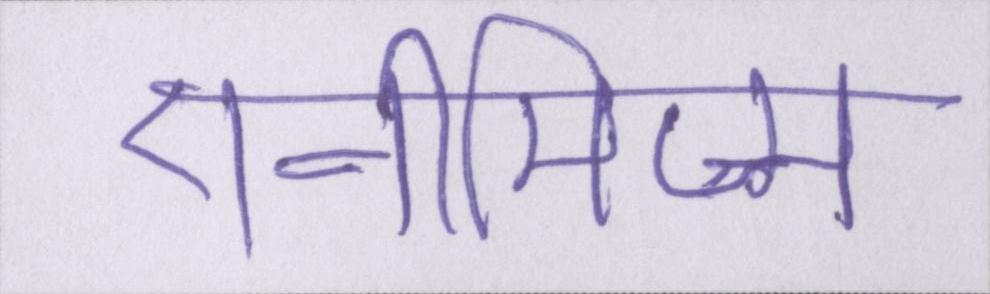
एनीमिज्म